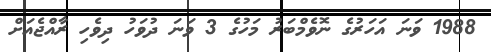
1988 ވަނަ އަހަރުގެ ނޮވެމްބަރު މަހުގެ 3 ވަނަ ދުވަހު ދިވެހި ރާއްޖެއަށް